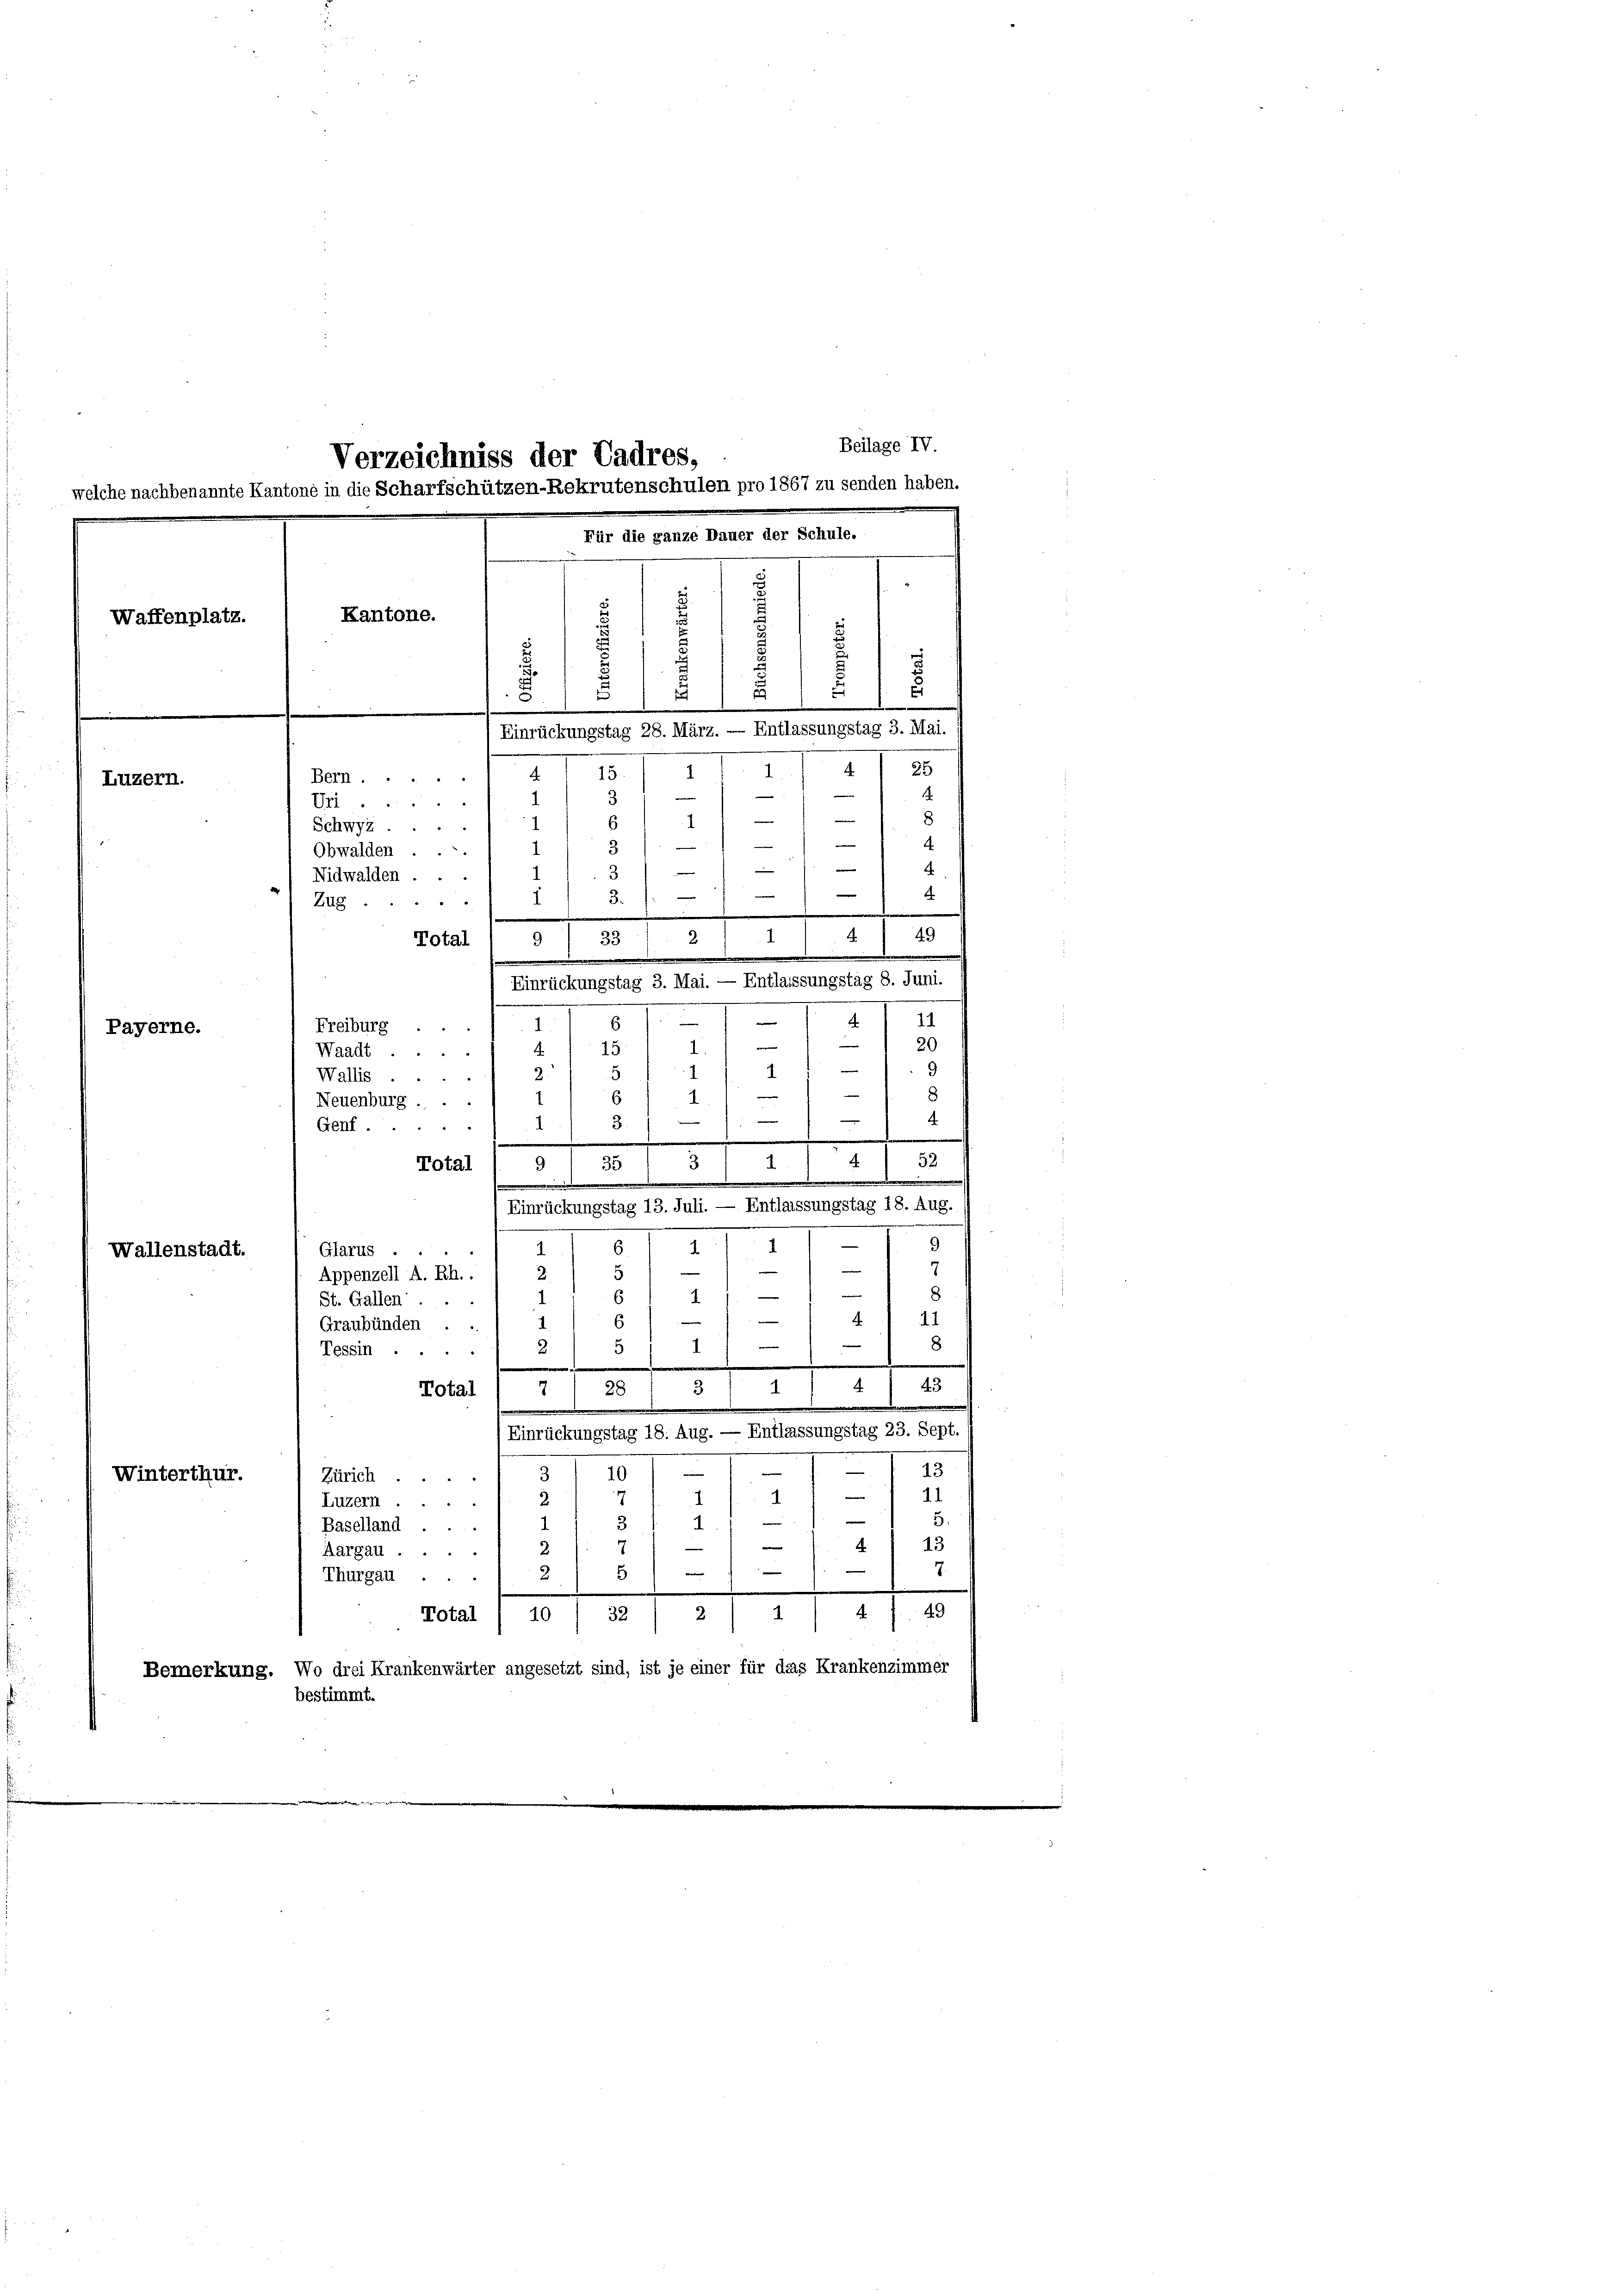
Beilage IV.
Verzeichniss der Tadres,
lche nachbenannte Kantone in die Scharfschützen-Rekrutenschulen pro 1867 zu senden haben.
Für die ganze Dauer der Schule.
Kantone.
Waffenplatz.
1
u
s
E
t
2
Einrückungstag 28. März. — Entlassungstag 3. Mai.
e
35
.
d
4 15
Bern.
Luzern.
—
.
—
—
3
Ur.....
—
e
8
6
Schwyz ..
—
.
i
31
Obwalden ...

i
e
—
e
F

Nidwalden ...
g
¬
3.
Zug.
.
.
49
33

Total
.
¬
6
Freiburg
Payerne.
F
1
.
15
Waadt.
5
2.
Wallis
24
1
6
Neuenburg . ..
3.
Genf.
.
4
3
1
52
Total
9 35
.
e
.
Einrückungstag 13. Juli. — Entlassungstag 18. Aug.

.
—
9
6
1
1
Glarus .
8
Wallenstadt.
m
5
2
Appenzell A. Rh..
8
6
2
St. Gallen:
41
.
6
Graubünden ..
8
2
e
5
1
Tessin ....
.

.
43
4
Total
28
7
312,

Einrückungstag 18. Aug. — Entlassungstag 23. Sept.

—
e
—
13
Winterthur.
3
Zürich.
.
n
11
2
Luzern.
1
5.
Baselland ..
13
e
e
2
.
Aargau.
e

7.
5
e
Thurgau ...
2
.
49
10
Total
4
32) 2) 1
Bemerkung. Wo drei Krankenwärter angesetzt sind, ist je einer für das Krankenzimmer
bestimmt.

5
e

2

4
I
Einrückungstag 3. Mai. — Entlassungstag 8. Juni.
¬
11

20

9
1
e
8
—
—
4
.